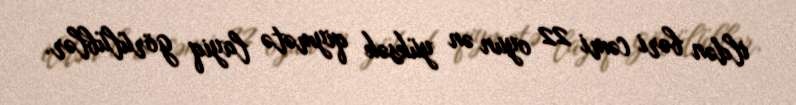
ildən bəri cəmi 22 oyun ən yüksək qiymətə layiq görülüblər.